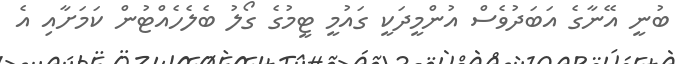
ބުނީ އޭނާގެ އަބަދުވެސް އުންމީދަކީ ގައުމީ ޓީމުގެ ގޯލު ބެލެހެއްޓުން ކަމަށާއި އެ